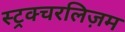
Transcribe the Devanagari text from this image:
स्ट्रक्चरलिज़म